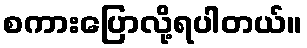
စကားပြောလို့ရပါတယ်။